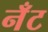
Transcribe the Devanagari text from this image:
नँँट